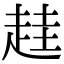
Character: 䞨